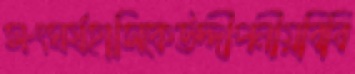
সংঘর্ষহাসিকেউদ্দীপনীয়বিবি